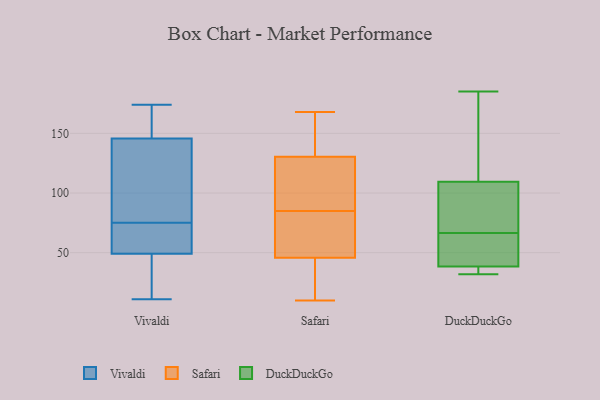
{"axis": {"x": "Budget (USD K)", "y": "Value"}, "legend": ["DuckDuckGo", "Safari", "Vivaldi"], "data": [{"x": "", "y": 145, "type": "Vivaldi"}, {"x": "", "y": 146, "type": "Vivaldi"}, {"x": "", "y": 150, "type": "Vivaldi"}, {"x": "", "y": 72, "type": "Vivaldi"}, {"x": "", "y": 75, "type": "Vivaldi"}, {"x": "", "y": 132, "type": "Vivaldi"}, {"x": "", "y": 55, "type": "Vivaldi"}, {"x": "", "y": 41, "type": "Vivaldi"}, {"x": "", "y": 174, "type": "Vivaldi"}, {"x": "", "y": 148, "type": "Vivaldi"}, {"x": "", "y": 47, "type": "Vivaldi"}, {"x": "", "y": 58, "type": "Vivaldi"}, {"x": "", "y": 27, "type": "Vivaldi"}, {"x": "", "y": 11, "type": "Vivaldi"}, {"x": "", "y": 112, "type": "Vivaldi"}, {"x": "", "y": 85, "type": "Safari"}, {"x": "", "y": 108, "type": "Safari"}, {"x": "", "y": 82, "type": "Safari"}, {"x": "", "y": 168, "type": "Safari"}, {"x": "", "y": 112, "type": "Safari"}, {"x": "", "y": 42, "type": "Safari"}, {"x": "", "y": 157, "type": "Safari"}, {"x": "", "y": 117, "type": "Safari"}, {"x": "", "y": 30, "type": "Safari"}, {"x": "", "y": 10, "type": "Safari"}, {"x": "", "y": 135, "type": "Safari"}, {"x": "", "y": 57, "type": "Safari"}, {"x": "", "y": 161, "type": "Safari"}, {"x": "", "y": 75, "type": "Safari"}, {"x": "", "y": 34, "type": "Safari"}, {"x": "", "y": 185, "type": "DuckDuckGo"}, {"x": "", "y": 137, "type": "DuckDuckGo"}, {"x": "", "y": 62, "type": "DuckDuckGo"}, {"x": "", "y": 35, "type": "DuckDuckGo"}, {"x": "", "y": 102, "type": "DuckDuckGo"}, {"x": "", "y": 32, "type": "DuckDuckGo"}, {"x": "", "y": 41, "type": "DuckDuckGo"}, {"x": "", "y": 68, "type": "DuckDuckGo"}, {"x": "", "y": 117, "type": "DuckDuckGo"}, {"x": "", "y": 36, "type": "DuckDuckGo"}, {"x": "", "y": 69, "type": "DuckDuckGo"}, {"x": "", "y": 65, "type": "DuckDuckGo"}]}